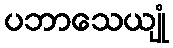
ပဘာသေယျုံ